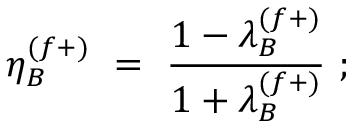
\eta _ { B } ^ { ( f + ) } \ = \ \frac { 1 - \lambda _ { B } ^ { ( f + ) } } { 1 + \lambda _ { B } ^ { ( f + ) } } \ ;